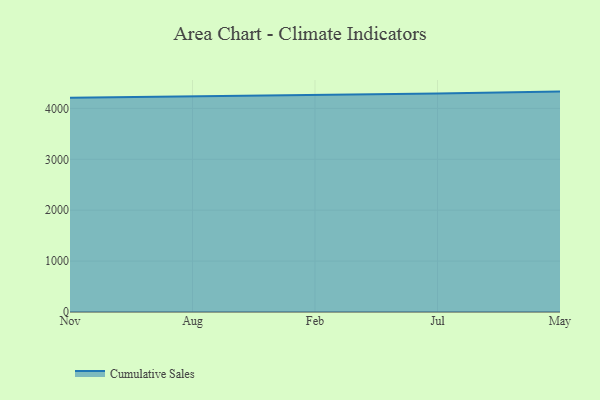
{"axis": {"x": "Month", "y": "Demand Index"}, "legend": ["Cumulative Sales"], "data": [{"x": "Nov", "y": 4208.7, "type": "Cumulative Sales"}, {"x": "Aug", "y": 4234.1, "type": "Cumulative Sales"}, {"x": "Feb", "y": 4260.6, "type": "Cumulative Sales"}, {"x": "Jul", "y": 4290.8, "type": "Cumulative Sales"}, {"x": "May", "y": 4330.0, "type": "Cumulative Sales"}]}